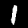
Digit: 1